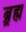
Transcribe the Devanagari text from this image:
ब्र्रह्म